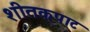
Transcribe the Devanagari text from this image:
शीतकपाट